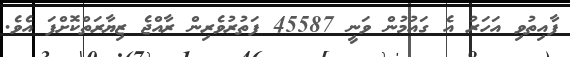
ފާއިތުވި އަހަރު އެ ގައުމުން ވަނީ 45587 ފަތުރުވެރިން ރާއްޖެ ޒިޔާރަތްކޮށްފަ އެވެ.